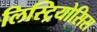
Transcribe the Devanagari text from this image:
लिस्ट्रियोसिस